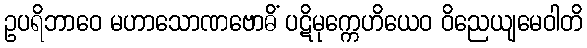
ဥပရိဘာဝေ မဟာသောဏဗောဓိံ ပဋိမုက္ကေဟိယေဝ ဝိညေယျမေဝါတိ